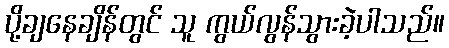
ပို့ချနေချိန်တွင် သူ ကွယ်လွန်သွားခဲ့ပါသည်။